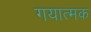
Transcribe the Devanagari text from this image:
गयात्मक